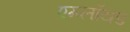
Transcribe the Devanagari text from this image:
एम्प्लॉयड